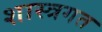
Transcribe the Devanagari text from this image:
शास्त्रगत